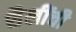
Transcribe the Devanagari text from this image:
शैलींची